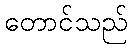
တောင်သည်